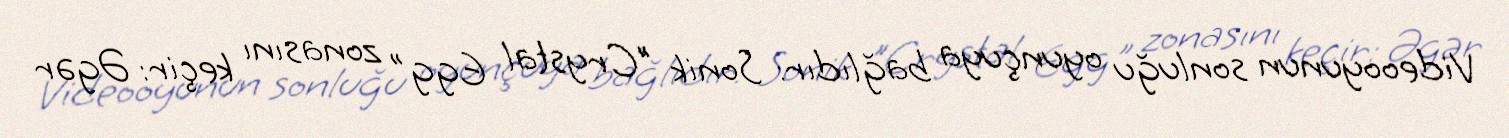
Videooyunun sonluğu oyunçuya bağlıdır: Sonik "Crystal Egg" zonasını keçir: Əgər